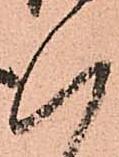
八